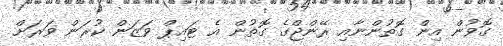
ގޮވުން އިން ގޮތުންނާއި ރޭންޖްގެ ގޮތުން އެ ޓައިޕް ވަޒަން ކުރަން ވަރަށް